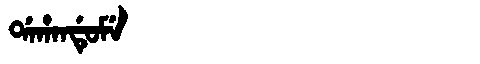
Manchu: ᡩᠠᡥᠠᠨᡩᡠᠮᡝ
Romanization: DAHANDUME